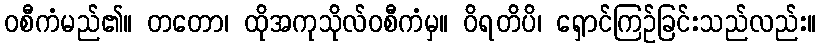
ဝစီကံမည်၏။ တတော၊ ထိုအကုသိုလ်ဝစီကံမှ။ ဝိရတိပိ၊ ရှောင်ကြဉ်ခြင်းသည်လည်း။